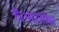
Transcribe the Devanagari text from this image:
हैं।भारतीय